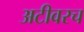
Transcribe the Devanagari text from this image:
अटीवरच